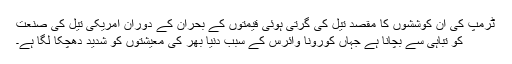
ٹرمپ کی ان کوششوں کا مقصد تیل کی گرتی ہوئی قیمتوں کے بحران کے دوران امریکی تیل کی صنعت
کو تباہی سے بچانا ہے جہاں کورونا وائرس کے سبب دنیا بھر کی معیشتوں کو شدید دھچکا لگا ہے۔